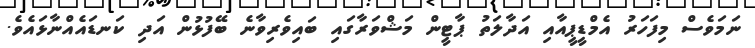
ނަމަވެސް މިފަހަރު އެމްޑީޕީއާއި އަދާލަތު ޕާޓީން މަޝްވަރާގައި ބައިވެރިވާނެ ބޭފުޅުން އަދި ކަނޑައެއްނާޅައެވެ.